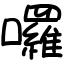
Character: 囉